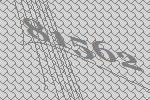
81562